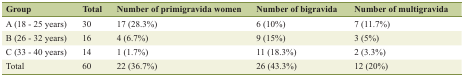
<table><thead><tr><td><b>Group</b></td><td><b>Total</b></td><td><b>Number of primigravida women</b></td><td><b>Number of bigravida</b></td><td><b>Number of multigravida</b></td></tr></thead><tbody><tr><td>A (18 - 25 years)</td><td>30</td><td>17 (28.3%)</td><td>6 (10%)</td><td>7 (11.7%)</td></tr><tr><td>B (26 - 32 years)</td><td>16</td><td>4 (6.7%)</td><td>9 (15%)</td><td>3 (5%)</td></tr><tr><td>C (33 - 40 years)</td><td>14</td><td>1 (1.7%)</td><td>11 (18.3%)</td><td>2 (3.3%)</td></tr><tr><td>Total</td><td>60</td><td>22 (36.7%)</td><td>26 (43.3%)</td><td>12 (20%)</td></tr></tbody></table>